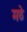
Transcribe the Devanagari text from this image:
मठे